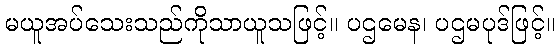
မယူအပ်သေးသည်ကိုသာယူသဖြင့်။ ပဌမေန၊ ပဌမပုဒ်ဖြင့်။